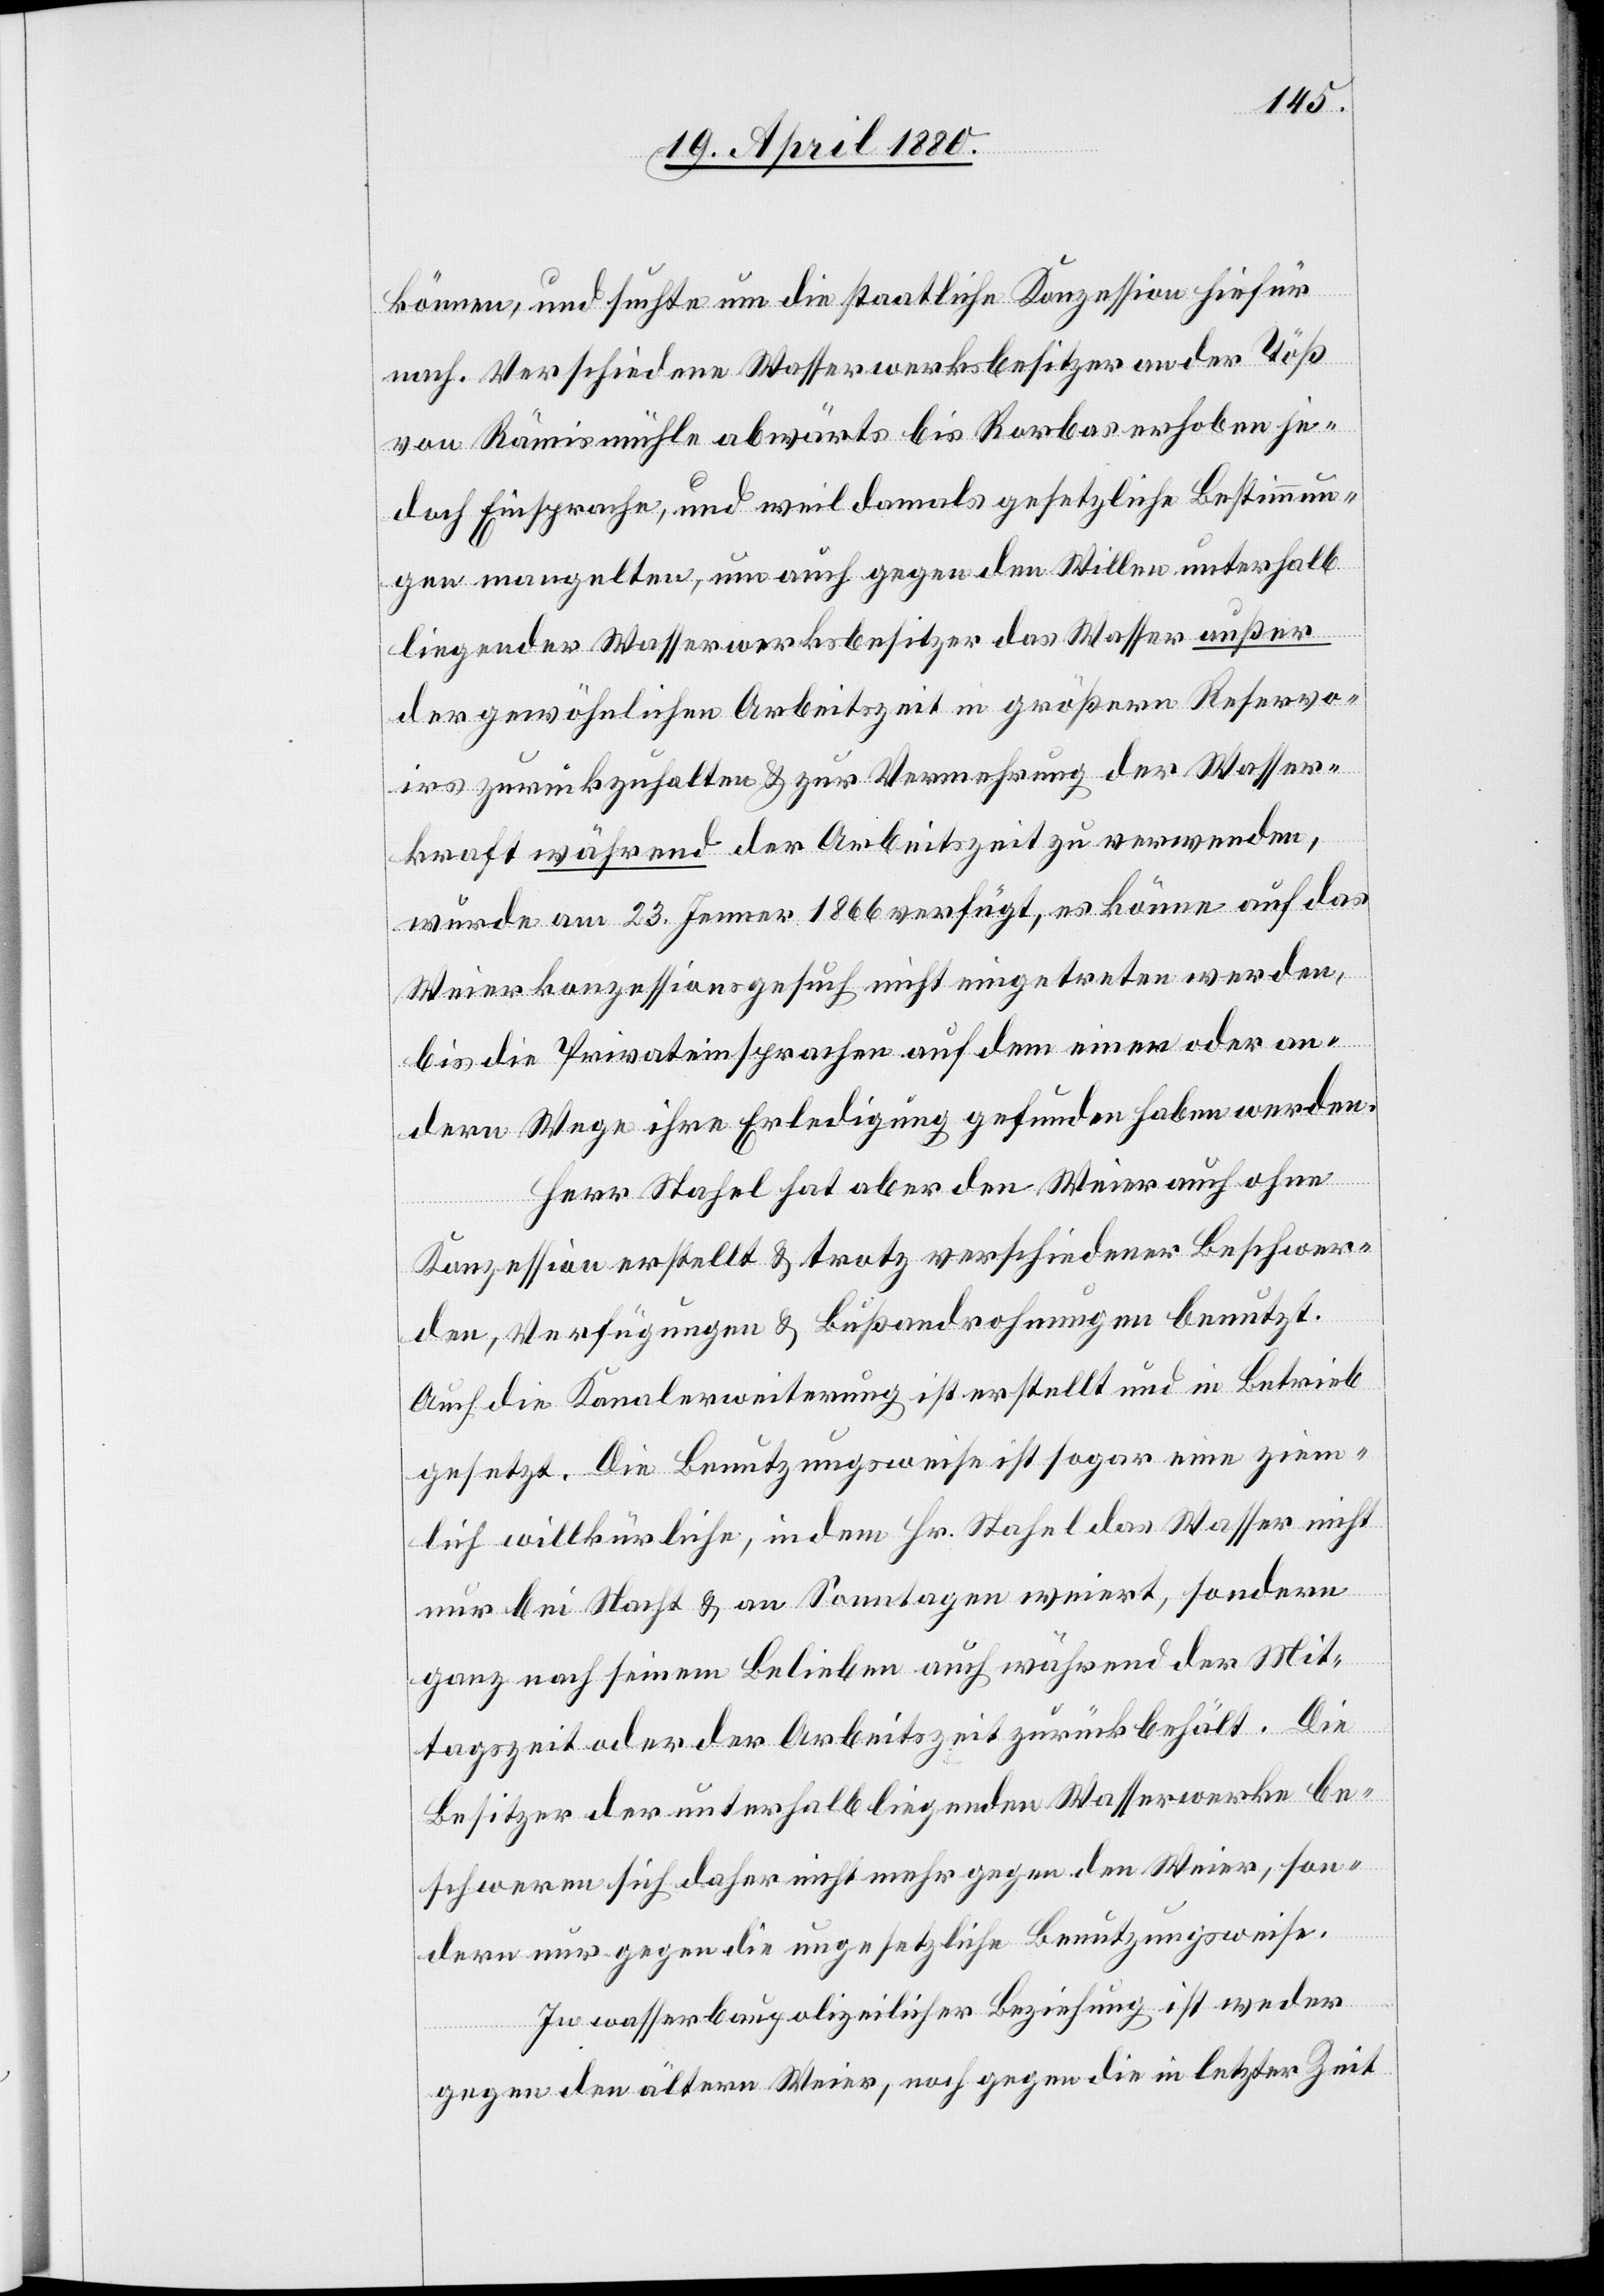
können, und suchte um die staatliche Konzession hiefür
nach. Verschiedene Wasserwerksbesitzer an der Töß
von Rämismühle abwärts bis Rorbas erhoben je¬
doch Einsprache, und weil damals gesetzliche Bestimmun¬
gen mangelten, um auch gegen den Willen unterhalb
liegender Wasserwerksbesitzer das Wasser außer
der gewöhnlichen Arbeitszeit in größern Reservo¬
irs zurückzuhalten & zur Vermehrung der Wasser¬
kraft während der Arbeitszeit zu verwenden,
wurde am 23. Jenner 1866 verfügt, es könne auf das
Weierkonzessionsgesuch nicht eingetreten werden,
bis die Privateinsprachen auf dem einen oder an¬
dern Wege ihre Erledigung gefunden haben werden.
Herr Stahel hat aber den Weier auch ohne
Konzession erstellt & trotz verschiedener Beschwer¬
den, Verfügungen & Bußandrohungen benutzt.
Auch die Kanalerweiterung ist erstellt und in Betrieb
gesetzt. Die Benutzungsweise ist sogar eine ziem¬
lich willkürliche, indem Hr. Stahel das Wasser nicht
nur bei Nacht & an Sonntagen weiert, sondern
ganz nach seinem Belieben auch während der Mit¬
tagszeit oder der Arbeitszeit zurückbehält. Die
Besitzer der unterhalb liegenden Wasserwerke be¬
schweren sich daher nicht mehr gegen den Weier, son¬
dern nur gegen die ungesetzliche Benutzungsweise.
In wasserbaupolizeilicher Beziehung ist weder
gegen den ältern Weier, noch gegen die in letzter Zeit